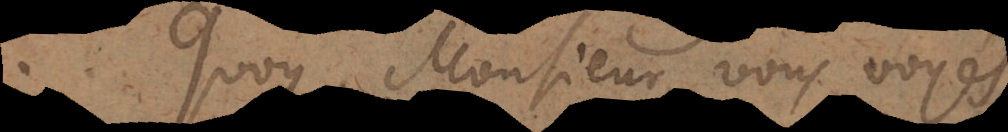
Quoy Monsieur, vous voyés,